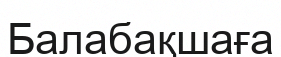
Балабақшаға